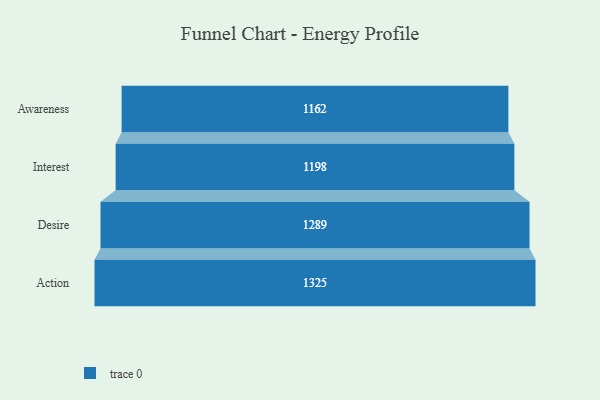
{"axis": {"x": "Stage", "y": "Value"}, "legend": [""], "data": [{"x": "Awareness", "y": 1162.0, "type": ""}, {"x": "Interest", "y": 1198.0, "type": ""}, {"x": "Desire", "y": 1289.0, "type": ""}, {"x": "Action", "y": 1325.0, "type": ""}]}